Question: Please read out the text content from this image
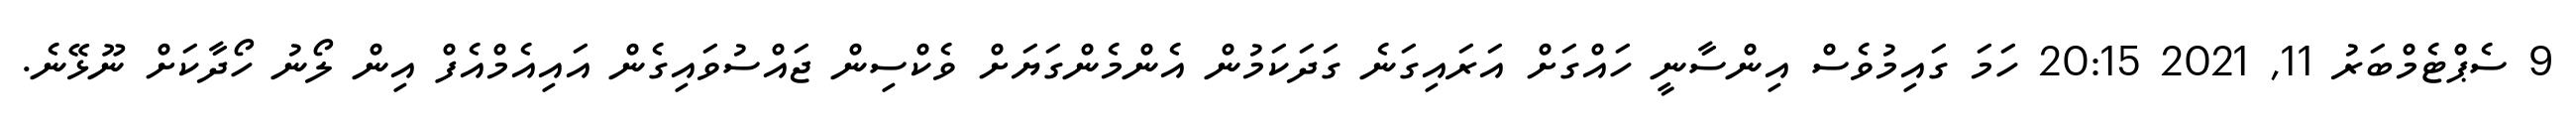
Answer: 9 ސެޕްޓެމްބަރު 11, 2021 20:15 ހަމަ ގައިމުވެސް އިންސާނީ ހައްގަށް އަރައިގަނެ ގަދަކަމުން އެންމެންގަޔަށް ވެކްސިން ޖައްސުވައިގެން އައިއެމްއެފް އިން ލޯނު ހޯދާކަށް ނޫޅޭނެ.